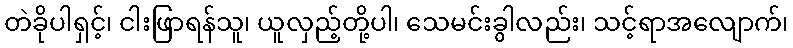
တဲခိုပါရှင့်၊ ငါးဖြာရန်သူ၊ ယူလှည့်တို့ပါ၊ သေမင်းခွါလည်း၊ သင့်ရာအလျောက်၊